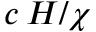
c \, H / \chi